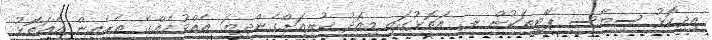
އިދިކޮޅު ސިޔާސީ ޕާޓީތަކުން ލ. އަތޮޅުގައި މިއަދު ކުރިއަށްގެންދިޔަ އެއްވުމެއްގެ ތެރެއިން އެއަތޮޅު